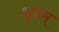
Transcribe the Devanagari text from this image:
भृशम्‌